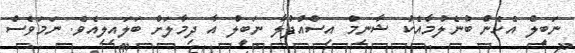
ނަބީލް އެހެން ބުނެލުމާއެކު ޝާނިމް އިސްއުފުލާ ނަބީލް އާ ދިމާލަށް ބަލައިލިއެވެ. ނަމަވެސް